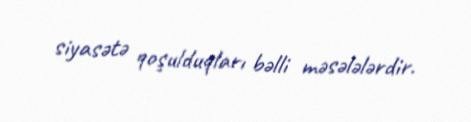
siyasətə qoşulduqları bəlli məsələlərdir.